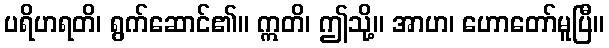
ပရိဟရတိ၊ ရွက်ဆောင်၏။ ဣတိ၊ ဤသို့။ အာဟ၊ ဟောတော်မူပြီ။